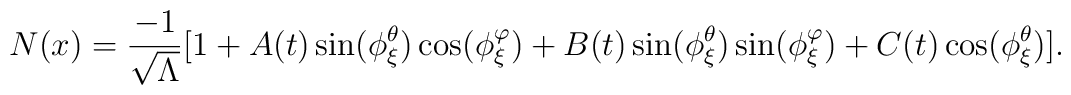
N(x)=\frac{-1}{\sqrt{\Lambda}}[1+A(t)\sin(\phi_{\xi}^{\theta})\cos(\phi_{\xi}^{\varphi})+B(t)\sin(\phi_{\xi}^{\theta})\sin(\phi_{\xi}^{\varphi})+C(t)\cos(\phi_{\xi}^{\theta})].